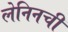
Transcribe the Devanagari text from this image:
लेनिनची